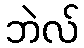
ဘဲလ်